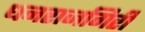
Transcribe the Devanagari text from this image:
धनराजगिरी